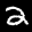
Label: 2